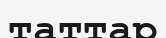
таттар